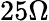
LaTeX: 25\Omega